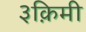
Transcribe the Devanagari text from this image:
३क़िमी